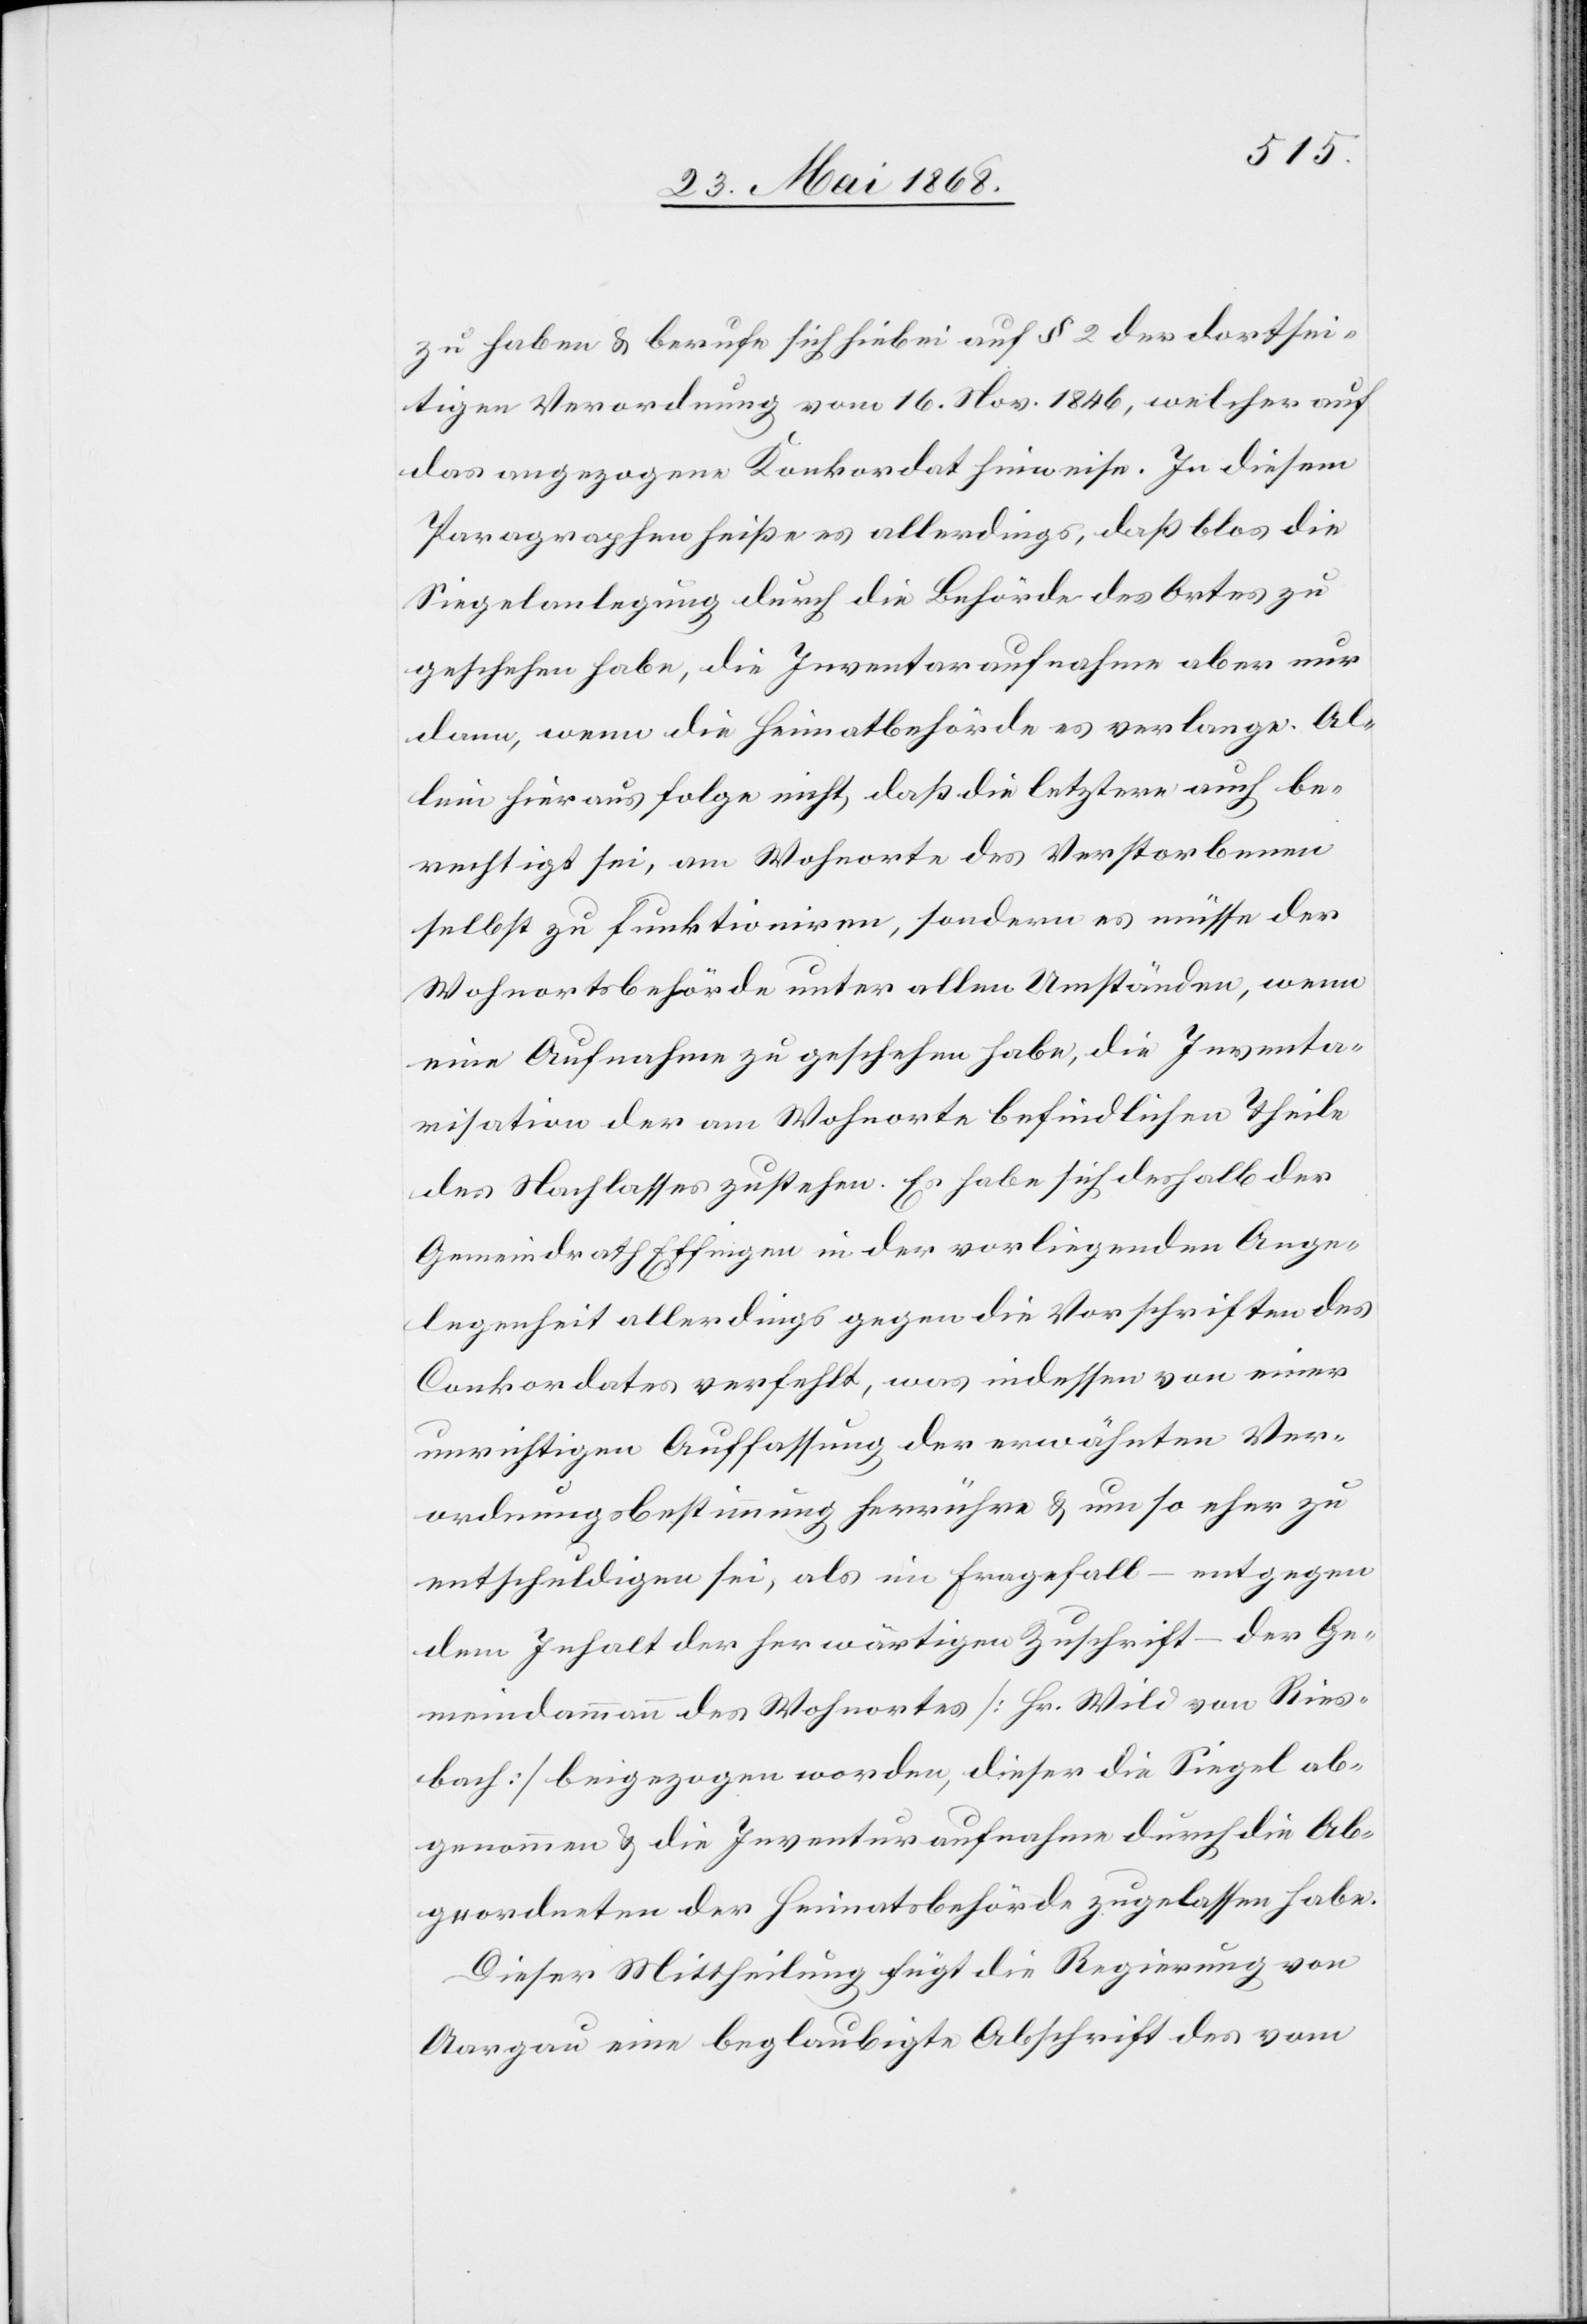
zu haben & berufe sich hiebei auf § 2 der dortsei¬
tigen Verordnung vom 16. Nov. 1846, welcher auf
das angezogene Konkordat hinweise. In diesem
Paragraphen heiße es allerdings, daß blos die
Siegelanlegung durch die Behörde des Ortes zu
geschehen habe, die Inventaraufnahme aber nur
dann, wenn die Heimatbehörde es verlange. Al¬
lein hieraus folge nicht, daß die letztere auch be¬
rechtigt sei, am Wohnorte des Verstorbenen
selbst zu funktioniren, sondern es müsse der
Wohnortsbehörde unter allen Umständen, wenn
eine Aufnahme zu geschehen habe, die Inventa¬
risation der am Wohnorte befindlichen Theile
des Nachlasses zustehen. Es habe sich deshalb der
Gemeindrath Effingen in der vorliegenden Ange¬
legenheit allerdings gegen die Vorschriften des
Conkordates verfehlt, was indessen von einer
unrichtigen Auffassung der erwähnten Ver¬
ordnungsbestimmung herrühre & um so eher zu
entschuldigen sei, als im Fragefall – entgegen
dem Inhalt der herwärtigen Zuschrift – der Ge¬
meindammann des Wohnortes [Hr. Wild von Ries¬
bach] beigezogen worden, dieser die Siegel ab¬
genommen & die Inventuraufnahme durch die Ab¬
geordneten der Heimatsbehörde zugelassen habe.
Dieser Mittheilung fügt die Regierung von
Aargau eine beglaubigte Abschrift des vom